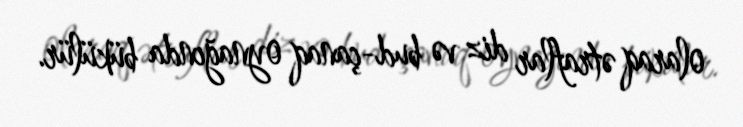
olaraq ətraflar diz və bud-çanaq oynağında bükülür.